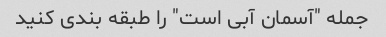
جمله "آسمان آبی است" را طبقه بندی کنید